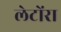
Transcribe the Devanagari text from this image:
लेटोंरा